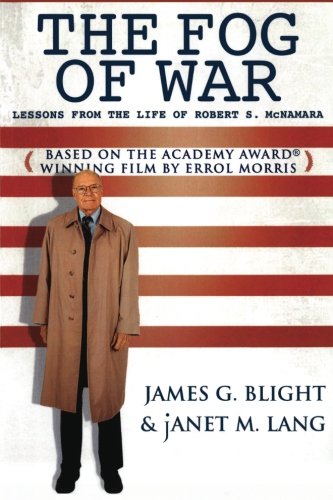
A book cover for The Fog of War: Lessons from the Life of Robert S. McNamara; James G. Blight; Humor & Entertainment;